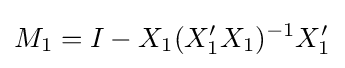
M_{1}=I-X_{1}(X_{1}'X_{1})^{-1}X_{1}'